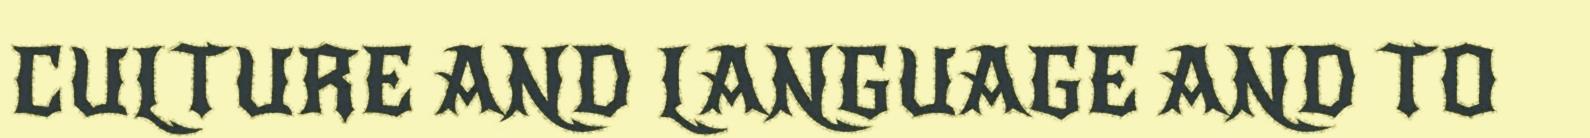
CULTURE AND LANGUAGE AND TO